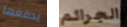
يدفعها الجرائم